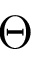
\Theta